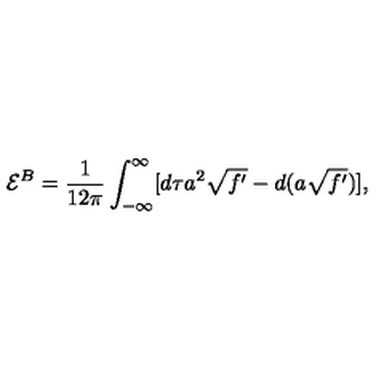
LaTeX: { \cal E } ^ { B } = \frac 1 { 1 2 \pi } \int _ { - \infty } ^ { \infty } [ d \tau a ^ { 2 } \sqrt { f ^ { \prime } } - d ( a \sqrt { f ^ { \prime } } ) ] ,